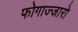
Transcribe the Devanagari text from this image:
फोगाज्जारो